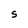
Character: S